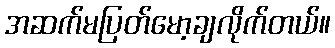
အဆက်မပြတ်မော့ချလိုက်တယ်။